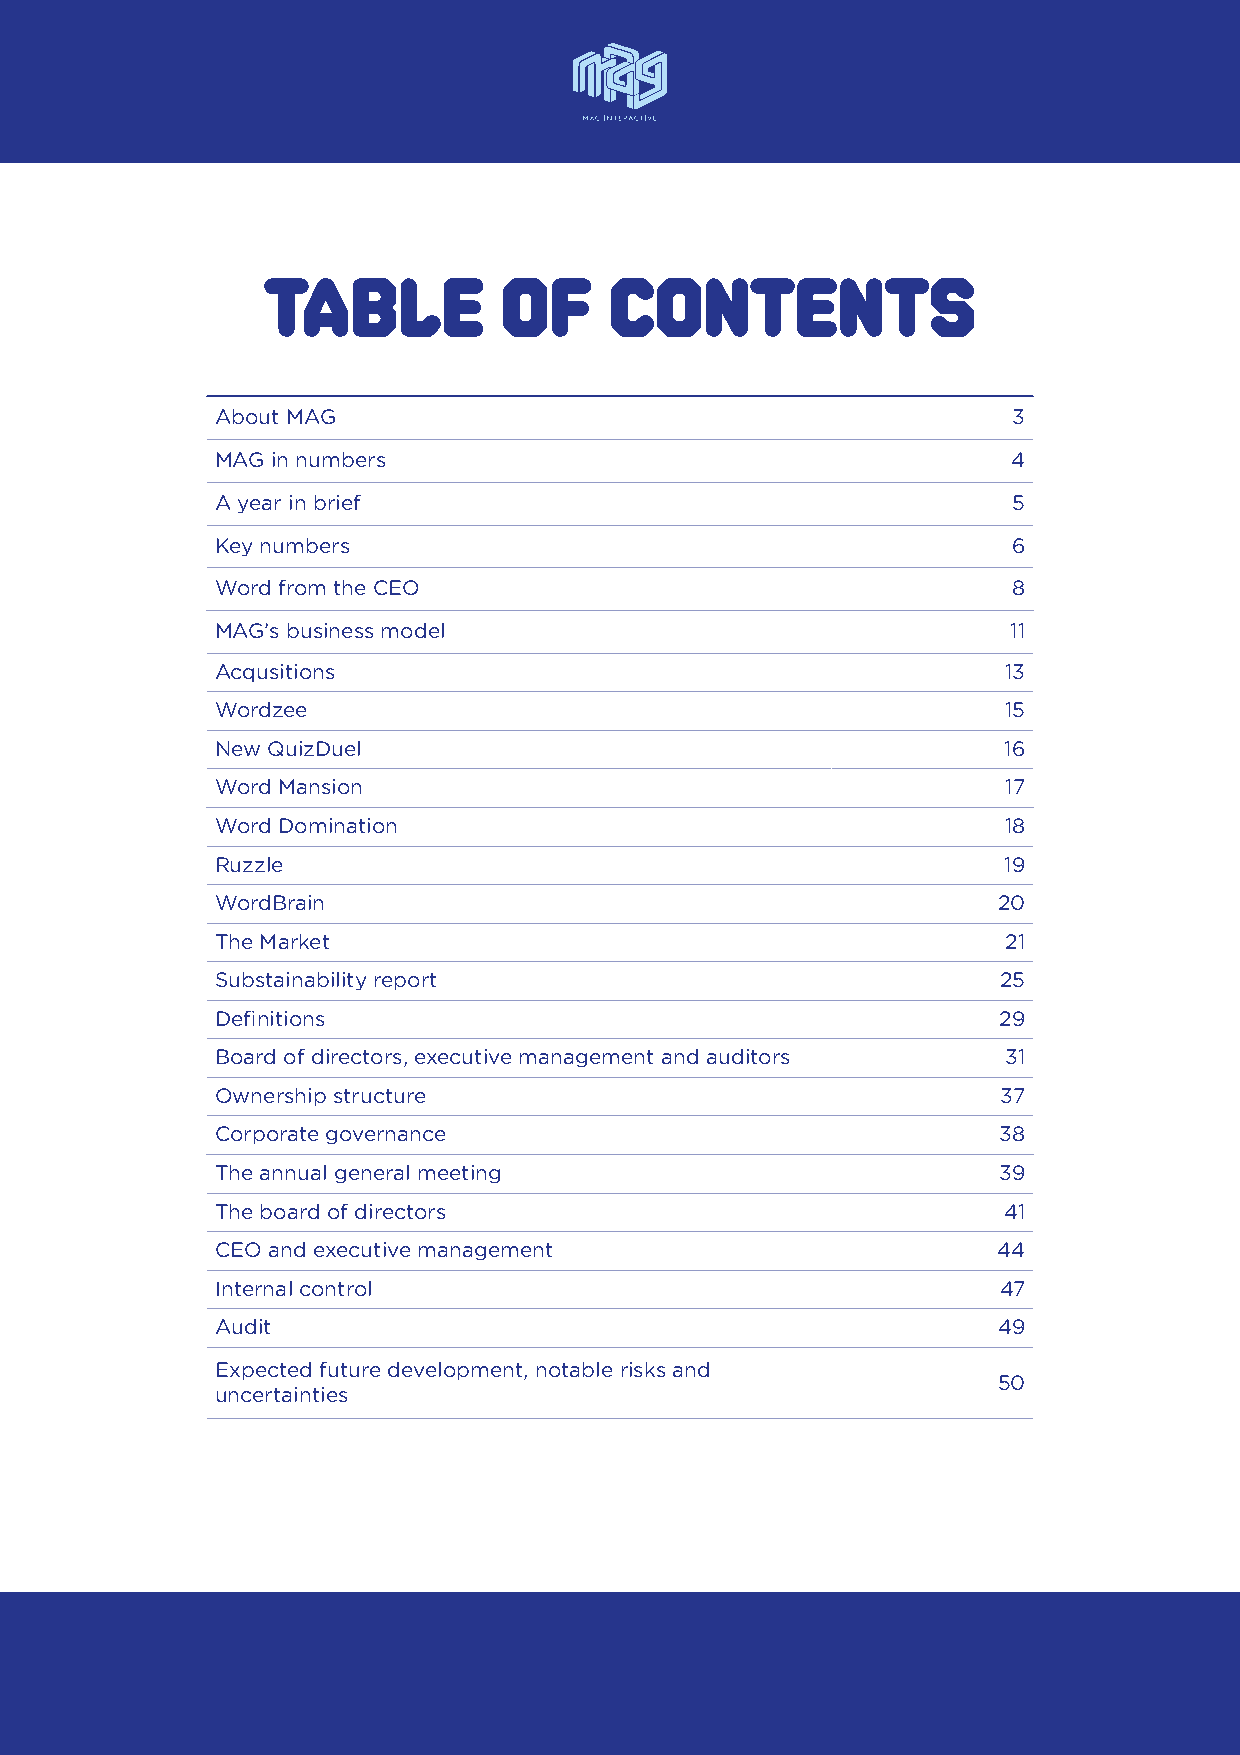
Table           of     contents
 About MAG                                            3
 MAG in numbers                                       4
 A year in brief                                      5
 Key numbers                                          6
 Word from the CEO                                    8
 MAG’s business model                                 11
 Acqusitions                                          13
 Wordzee                                              15
 New QuizDuel                                        16
 Word Mansion                                         17
 Word Domination                                     18
 Ruzzle                                              19
 WordBrain                                           20
 The Market                                           21
 Substainability report                              25
 Definitions                                         29
 Board of directors, executive management and auditors 31
 Ownership structure                                 37
 Corporate governance                                38
 The annual general meeting                          39
 The board of directors                              41
 CEO and executive management                        44
 Internal control                                    47
 Audit                                               49
 Expected future development, notable risks and
 50
 uncertainties
 MAG Interactive AB (publ) org. nr: 556804-3524                   2